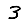
Digit: 3